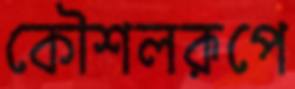
কৌশলরূপে